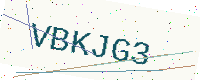
Text: VBKJG3